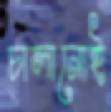
চালানোই